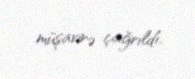
müşavirə çağrıldı.